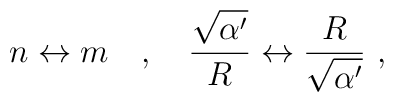
n\leftrightarrow m\ \ \ ,\ \ \ \frac{\sqrt{\alpha'}}{R}\leftrightarrow\frac{R}{\sqrt{\alpha'}}\ ,